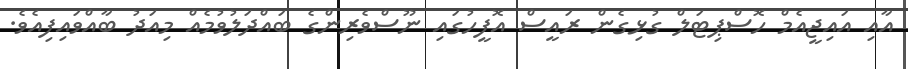
އާއި އައިޖީއެމް ހޮސްޕިޓަލް ގުޅިގެން ރައީސް އޮފީހުގައި ނޫސްވެރިންގެ ބައްދަލުވުމެއް މިއަދު ބާއްވައިފިއެވެ.